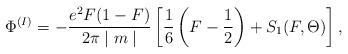
LaTeX: \begin{align*}\Phi^{(I)}=-\frac{e^2F(1-F)}{2\pi\mid m\mid}\left[\frac{1}{6}\left(F-\frac{1}{2}\right)+S_1(F,\Theta)\right],\end{align*}